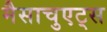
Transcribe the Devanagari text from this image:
मैसाचुएट्स